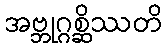
အဗ္ဘုဂ္ဂစ္ဆိဿတိ